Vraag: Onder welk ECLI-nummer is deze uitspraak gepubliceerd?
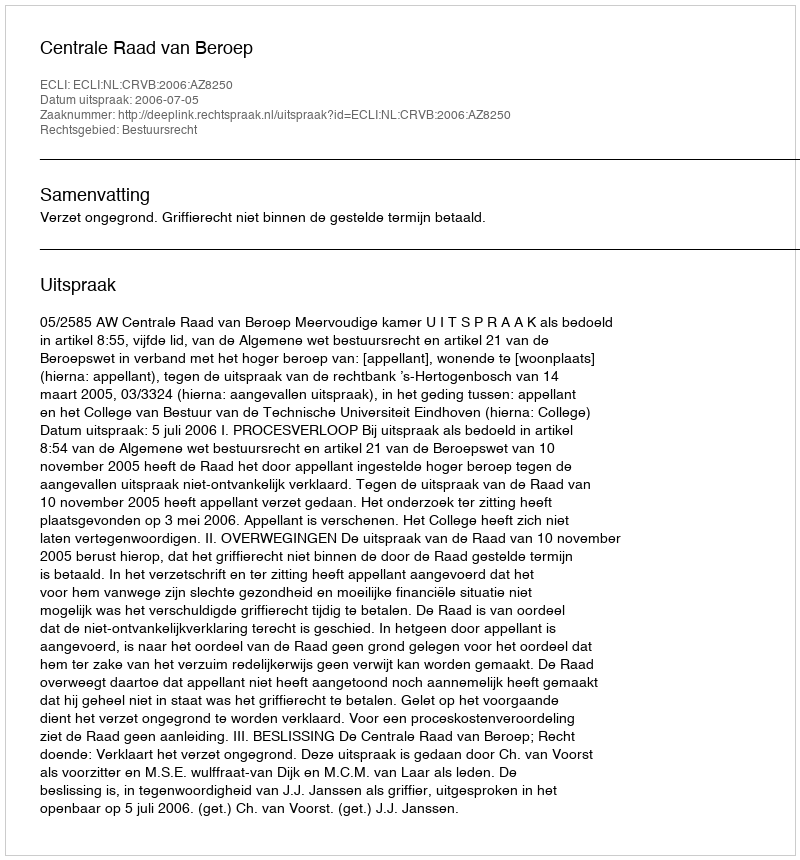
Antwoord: ECLI:NL:CRVB:2006:AZ8250